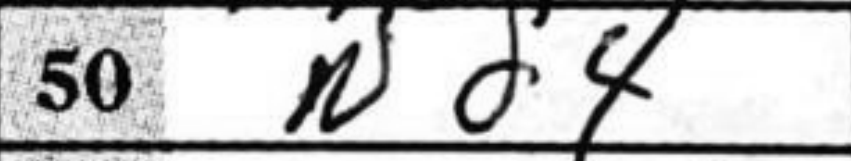
Transcription: Nd4